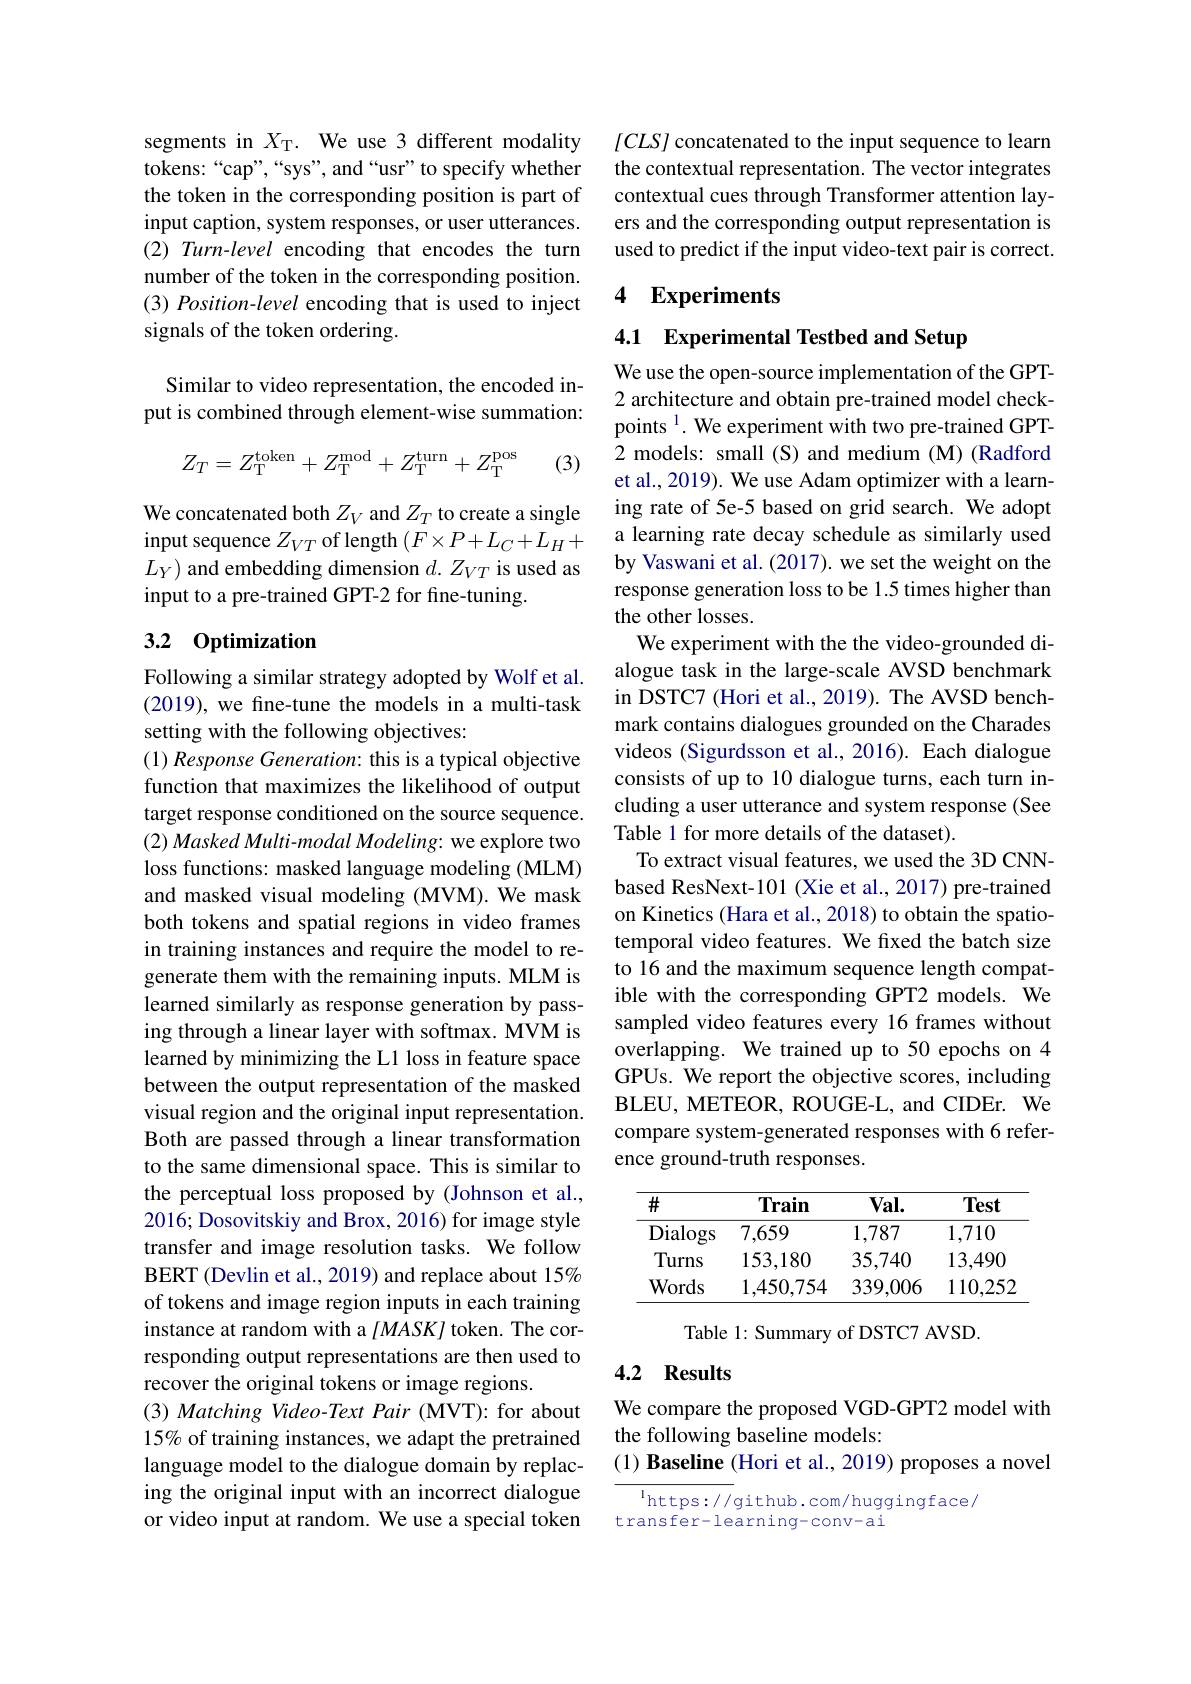
segments in $X_\mathrm{T.}$ We use 3 different modality tokens:“cap”,“sys”, and“usr”to specify whether the token in the corresponding position is part of input caption, system responses, or user utterances. (2) Turn-level encoding that encodes the turn number of the token in the corresponding position. $( 3) \textit{Position- level encoding that is used to inject}$ signals of the token ordering.

Similar to video representation, the encoded input is combined through element-wise summation:
$$Z_T=Z_\mathrm{T}^\mathrm{token}+Z_\mathrm{T}^\mathrm{mod}+Z_\mathrm{T}^\mathrm{turn}+Z_\mathrm{T}^\mathrm{pos}$$
(3)

We concatenated both $Z_V$ and $Z_T$ to create a single input sequence $Z_{VT}$ of length $(F\times P+L_C+L_H+$ $L_Y)$ and embedding dimension $d.Z_VT$ is used as input to a pre-trained GPT-2 for fine-tuning.

## 3.2 Optimization

Following a similar strategy adopted by Wolf et al. (2019), we fine-tune the models in a multi-task setting with the following objectives:
$( 1) \textit{Response Generation: this is a typical objective}$ function that maximizes the likelihood of output target response conditioned on the source sequence. $( 2) \textit{Masked Multi- modal Modeling: we explore two}$ loss functions: masked language modeling (MLM) and masked visual modeling (MVM). We mask both tokens and spatial regions in video frames in training instances and require the model to regenerate them with the remaining inputs. MLM is learned similarly as response generation by passing through a linear layer with softmax. MVM is learned by minimizing the L1 loss in feature space between the output representation of the masked visual region and the original input representation. Both are passed through a linear transformation to the same dimensional space. This is similar to the perceptual loss proposed by (Johnson et al., 2016; Dosovitskiy and Brox, 2016) for image style transfer and image resolution tasks. We follow BERT (Devlin et al., 2019) and replace about 15% of tokens and image region inputs in each training instance at random with a $[MASK]$ token. The corresponding output representations are then used to recover the original tokens or image regions.
$( 3) \textit{Matching Video- Text Pair ( MVT) : for about}$ 15% of training instances, we adapt the pretrained language model to the dialogue domain by replacing the original input with an incorrect dialogue or video input at random. We use a special token

$[CLS]$ concatenated to the input sequence to learn the contextual representation. The vector integrates contextual cues through Transformer attention layers and the corresponding output representation is used to predict if the input video-text pair is correct.

### 4 Experiments

4.1 Experimental Testbed and Setup

We use the open-source implementation of the GPT- 2 architecture and obtain pre-trained model checkpoints $^1.$ We experiment with two pre-trained GPT- 2 models: small (S) and medium (M) (Radford et al., 2019). We use Adam optimizer with a learning rate of 5e-5 based on grid search. We adopt a learning rate decay schedule as similarly used by Vaswani et al. (2017). we set the weight on the response generation loss to be 1.5 times higher than the other losses.
We experiment with the the video-grounded dialogue task in the large-scale AVSD benchmark in DSTC7 (Hori et al., 2019). The AVSD benchmark contains dialogues grounded on the Charades videos (Sigurdsson et al., 2016). Each dialogue consists of up to 10 dialogue turns, each turn including a user utterance and system response (See Table 1 for more details of the dataset).
To extract visual features, we used the 3D CNNbased ResNext-101 (Xie et al., 2017) pre-trained on Kinetics (Hara et al., 2018) to obtain the spatiotemporal video features. We fixed the batch size to 16 and the maximum sequence length compatible with the corresponding GPT2 models. We sampled video features every 16 frames without overlapping. We trained up to 50 epochs on 4 GPUs. We report the objective scores, including BLEU, METEOR, ROUGE- L, and CIDEr. We compare system-generated responses with 6 reference ground-truth responses.

<table>
	<tbody>
		<tr>
			<th>井</th>
			<th>Train</th>
			<th>$\mathbf{Val}.$</th>
			<th>Test</th>
		</tr>
		<tr>
			<td>Dialogs</td>
			<td>7,659</td>
			<td>1,787</td>
			<td>1,710</td>
		</tr>
		<tr>
			<td>Turns</td>
			<td>153,180</td>
			<td>35,740</td>
			<td>13,490</td>
		</tr>
		<tr>
			<td>Words</td>
			<td>1,450,754</td>
			<td>339,006</td>
			<td>110,252</td>
		</tr>
	</tbody>
</table>

Table 1: Summary of DSTC7 AVSD.

## 4.2 Results

We compare the proposed VGD-GPT2 model with
the following baseline models:
(1) Baseline (Hori et al., 2019) proposes a novel

$^{1}$https: / / github. com/ huggingface/
transfer-learning-conv-ai